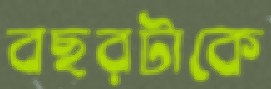
বছরটাকে